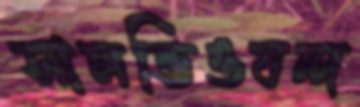
সালভিওবন্দ